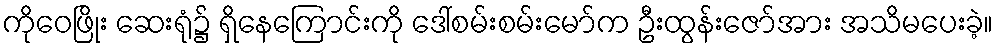
ကိုဝေဖြိုး ဆေးရုံ၌ ရှိနေကြောင်းကို ဒေါ်စမ်းစမ်းမော်က ဦးထွန်းဇော်အား အသိမပေးခဲ့။